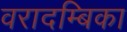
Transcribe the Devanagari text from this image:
वरादम्बिका